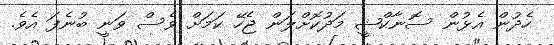
ހެދުން އެޅުން ސޮނާކްޝީ މަދުކޮށްލަން ޖެހޭ ކަމަށް ވެސް ވަނީ ބުނެފަ އެވެ.